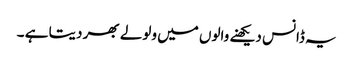
یہ ڈانس دیکھنے والوں میں ولولے بھر دیتا ہے ۔